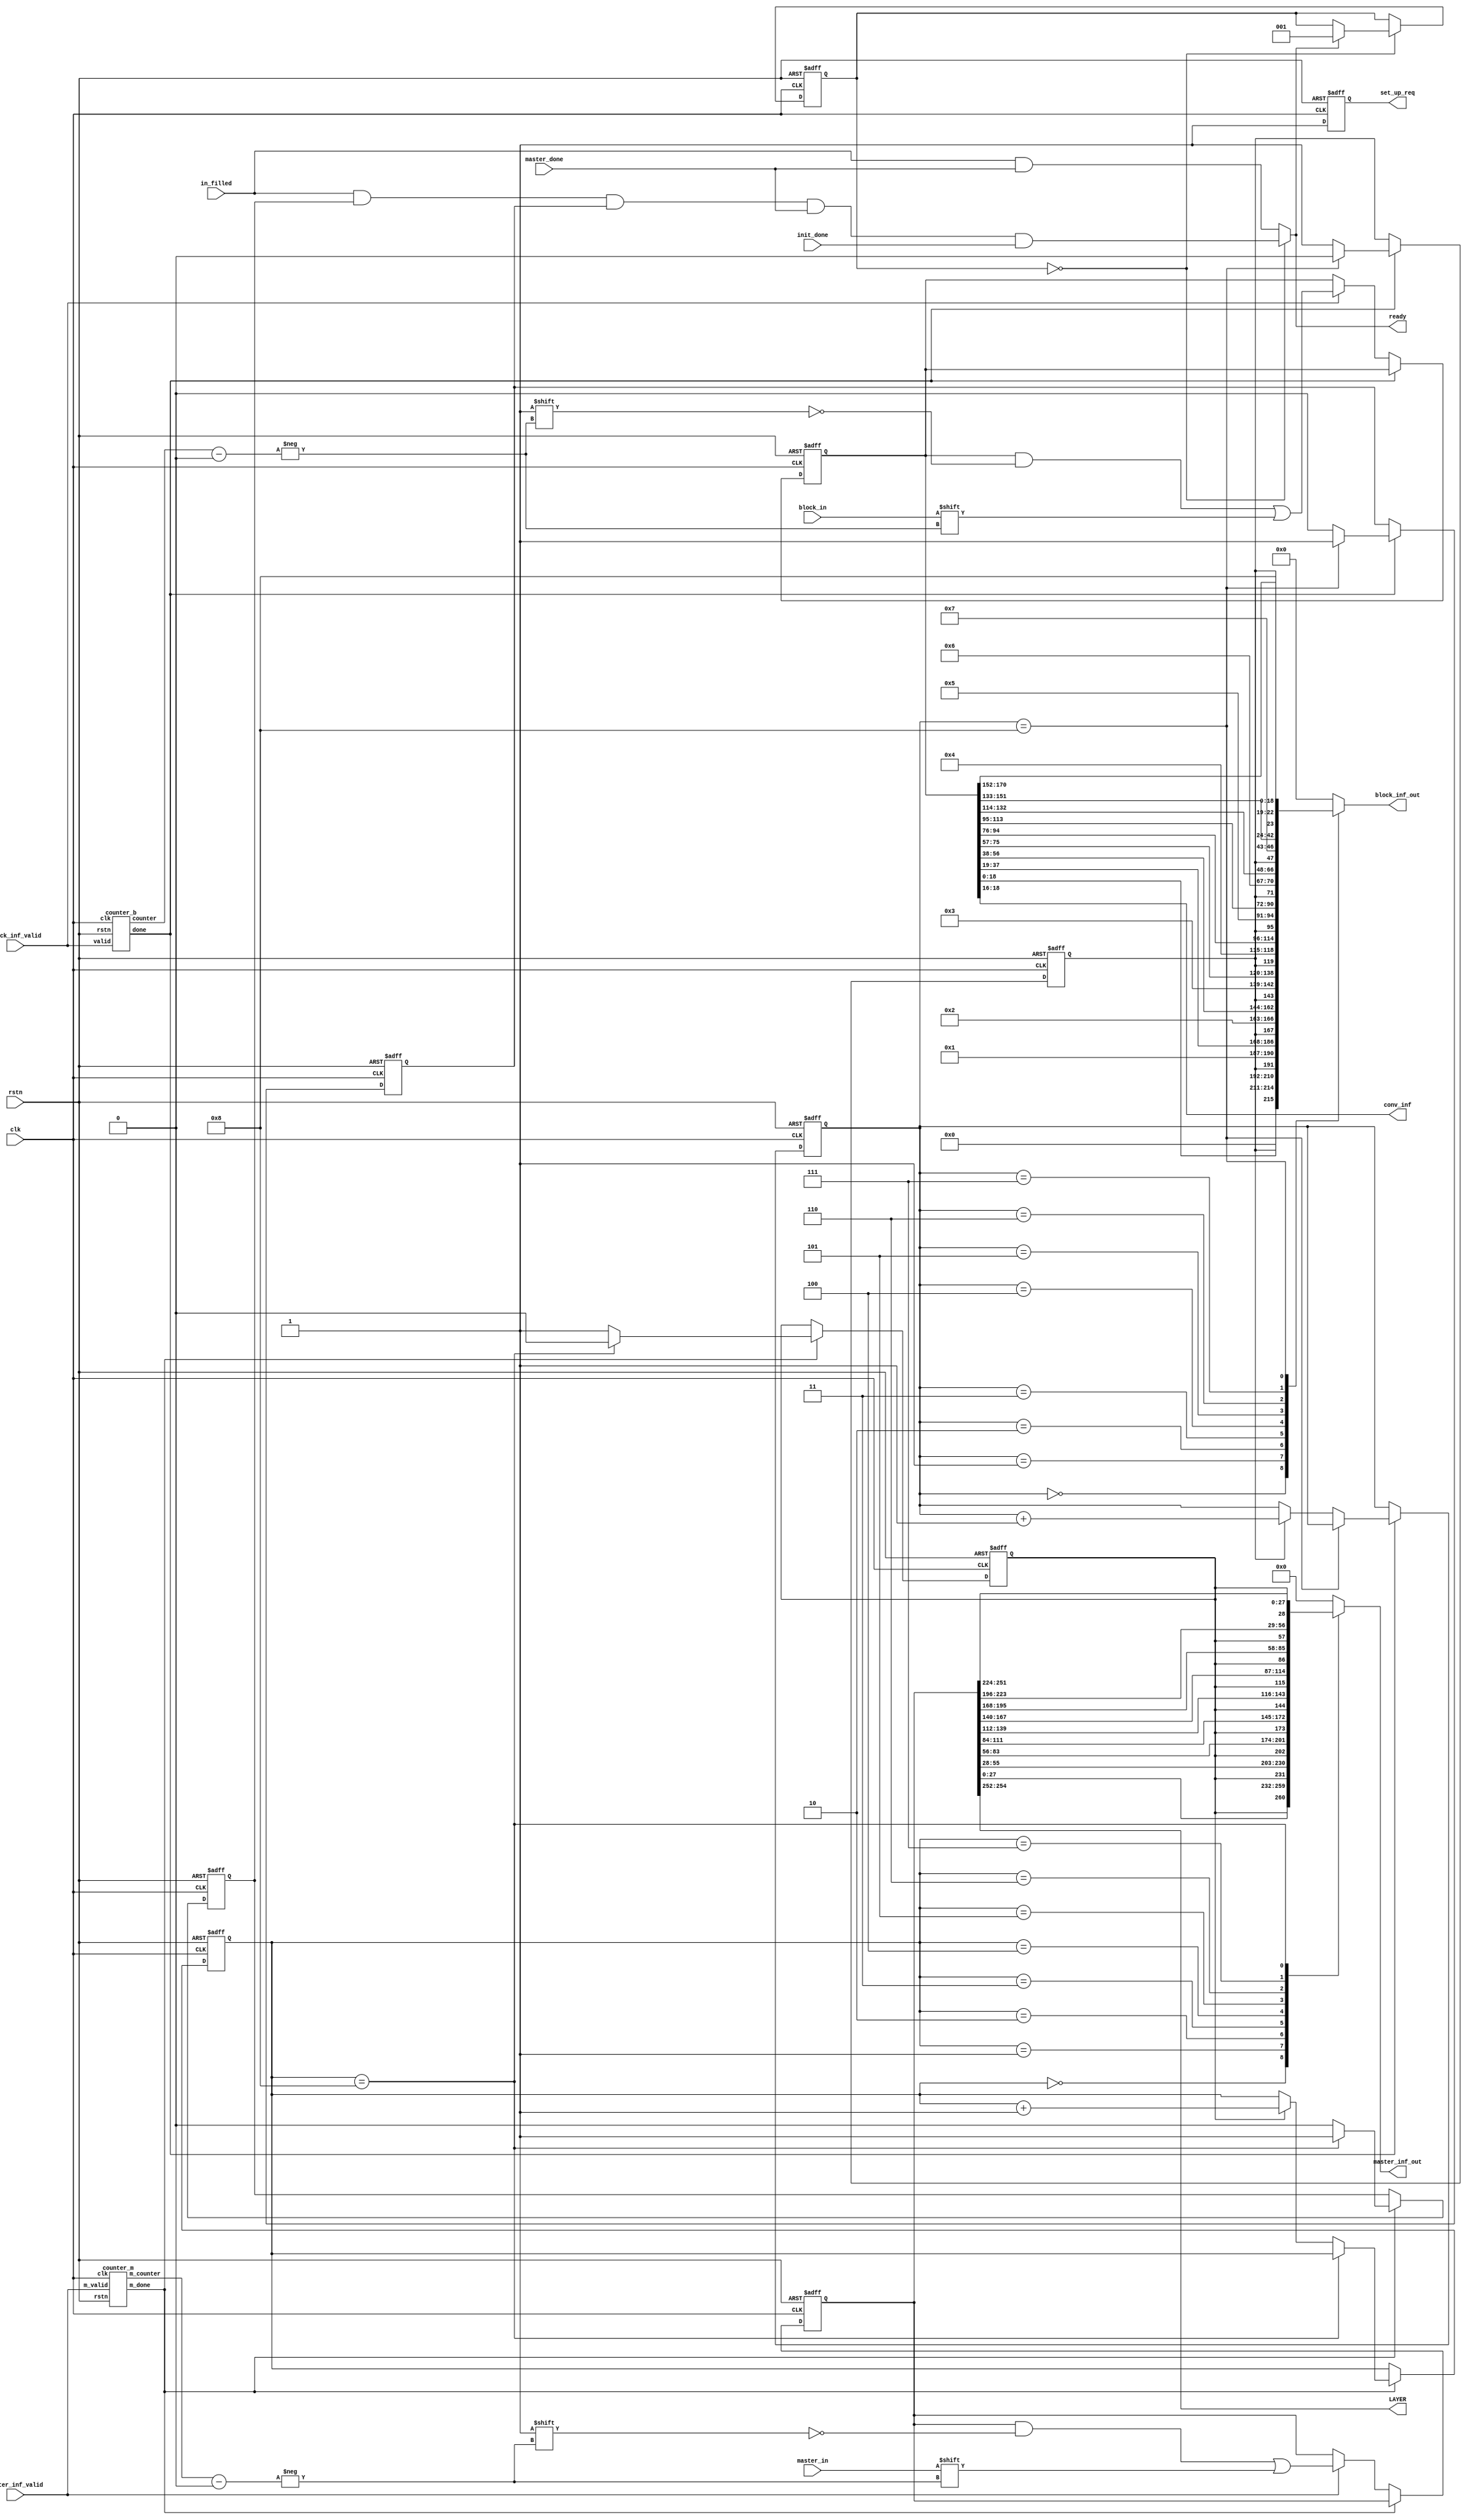
// This is a Control module
// Description : Top FSM

module sdfa_top_controller(clk, rstn, set_up_req, master_inf_valid, block_inf_valid, master_in, block_in, in_filled, master_done, ready, block_inf_out, master_inf_out, conv_inf, LAYER, init_done);
  
  input clk, rstn;
  
  output reg set_up_req;
  input master_inf_valid, block_inf_valid, master_in, block_in;
  
  input in_filled, master_done, init_done;
  
  output ready;
  
  output reg [23:0] block_inf_out;
  output reg [28:0] master_inf_out;
  output [2:0] conv_inf;
  output [2:0] LAYER;
  
  localparam  SET_UP = 0,
              PROCESSING = 1, 
              DONE = 2;

  reg [2:0] state;
  
  reg [254:0] master_inf_reg;
  reg [170:0] block_inf_reg;
  
  wire [7:0] master_counter, block_counter;
  wire counter_m_done, counter_b_done;
  
  
  reg set_up_m_done, set_up_b_done;
  
  assign LAYER = master_inf_reg[254:252];

  assign ready = (state==SET_UP)? (in_filled&&set_up_m_done&&set_up_b_done&&master_done&&init_done) : (in_filled&&master_done);
 
  
  always@(posedge clk or negedge rstn)
  begin
    if (!rstn) begin
        state <= 'd0;
    end else begin
        case(state)
          SET_UP : if(ready) state<=PROCESSING;
          //PROCESSING : begin if() state<=DONE; end
          //DONE : if() state<=3'b0;
          default : state<=state;
        endcase
    end
  end


  wire [18:0] block0, block1, block2, block3, block4, block5, block6, block7, block8;
  wire [27:0] master0, master1, master2, master3, master4, master5, master6, master7, master8;
  reg [3:0] mini_counter_m, mini_counter_b;
  reg en_b, en_m;
  
  assign conv_inf = block_inf_reg[18:16];
  
  assign block0 = block_inf_reg[18:0];
  assign block1 = block_inf_reg[37:19];
  assign block2 = block_inf_reg[56:38];
  assign block3 = block_inf_reg[75:57];
  assign block4 = block_inf_reg[94:76];
  assign block5 = block_inf_reg[113:95];
  assign block6 = block_inf_reg[132:114];
  assign block7 = block_inf_reg[151:133];
  assign block8 = block_inf_reg[170:152];
  
  assign master0 = master_inf_reg[27:0];
  assign master1 = master_inf_reg[55:28];
  assign master2 = master_inf_reg[83:56];
  assign master3 = master_inf_reg[111:84];
  assign master4 = master_inf_reg[139:112];
  assign master5 = master_inf_reg[167:140];
  assign master6 = master_inf_reg[195:168];
  assign master7 = master_inf_reg[223:196];
  assign master8 = master_inf_reg[251:224];
  
  	counter_m  COUNTER_MASTER(master_counter, counter_m_done, master_inf_valid, clk, rstn);
  	counter_b  COUNTER_BLOCK(block_counter, counter_b_done,  block_inf_valid, clk, rstn);
  	
  always@(posedge clk or negedge rstn)
  begin
    if(!rstn)
      begin
      set_up_req <= 1'b0;
      mini_counter_m <= 4'b0;
      mini_counter_b <= 4'b0;
      en_b <= 1'b0;
      en_m <= 1'b0;
      set_up_m_done <= 1'b0;
      set_up_b_done <= 1'b0;
      block_inf_reg <= 171'b0;
      master_inf_reg <= 255'b0;
      end
      
    else
      begin
   
            set_up_req <= 1'b1;
            
            if(counter_m_done)
              begin
                if(mini_counter_m==4'b1000)
                  begin
                    en_m <= 1'b0;
                    mini_counter_m <= mini_counter_m;
                    set_up_m_done <= 1'b1;
                  end
                else
                  begin
                    if(!en_m) 
                      begin
                        en_m <= 1'b1; 
                        mini_counter_m <= mini_counter_m;
                        set_up_m_done <= 1'b0;
                      end
                    else 
                      begin
                        en_m <= 1'b1; 
                        mini_counter_m <= mini_counter_m+1'b1;
                        set_up_m_done <= 1'b0;
                      end
                  end
              end
              
            else
              begin
                if(master_inf_valid) master_inf_reg[master_counter]<=master_in;
              end
              
            if(counter_b_done)
              begin 
                if(mini_counter_b==4'b1000)
                  begin
                    en_b <= 1'b0;
                    mini_counter_b <= mini_counter_b;
                    set_up_b_done <= 1'b1;
                  end
                else
                  begin
                    if(!en_b) 
                      begin
                        en_b <= 1'b1; 
                        mini_counter_b <= mini_counter_b;
                        set_up_b_done <= 1'b0;
                      end
                    
                    else 
                      begin
                        en_b <= 1'b1; 
                        mini_counter_b <= mini_counter_b+1'b1;
                        set_up_b_done <= 1'b0;
                      end
                  end
              end
            
            else
              begin
                if(block_inf_valid) block_inf_reg[block_counter] <= block_in;
              end
            /*
            end
        endcase*/
      end    
  end

always@(*)
begin
  case(mini_counter_b)
    4'b0000 : block_inf_out = {en_b, 4'b0000, block0};
    4'b0001 : block_inf_out = {en_b, 4'b0001, block1};
    4'b0010 : block_inf_out = {en_b, 4'b0010, block2};
    4'b0011 : block_inf_out = {en_b, 4'b0011, block3};
    4'b0100 : block_inf_out = {en_b, 4'b0100, block4};
    4'b0101 : block_inf_out = {en_b, 4'b0101, block5};
    4'b0110 : block_inf_out = {en_b, 4'b0110, block6};
    4'b0111 : block_inf_out = {en_b, 4'b0111, block7};
    4'b1000 : block_inf_out = {en_b, 4'b1000, block8};
    default : block_inf_out = 0;
  endcase
  
  case(mini_counter_m)
    4'b0000 : master_inf_out = {en_m, master0};
    4'b0001 : master_inf_out = {en_m, master1};
    4'b0010 : master_inf_out = {en_m, master2};
    4'b0011 : master_inf_out = {en_m, master3};
    4'b0100 : master_inf_out = {en_m, master4};
    4'b0101 : master_inf_out = {en_m, master5};
    4'b0110 : master_inf_out = {en_m, master6};
    4'b0111 : master_inf_out = {en_m, master7};
    4'b1000 : master_inf_out = {en_m, master8};
    default : master_inf_out = 0;
  endcase
end

  
endmodule


module counter_m(m_counter, m_done, m_valid, clk, rstn);

output reg [7:0] m_counter;
output m_done;

input m_valid;
input clk, rstn;

always@(posedge clk or negedge rstn)
begin
  if(!rstn) m_counter <= 8'b0;
  else 
  begin  
    if(m_valid) m_counter <= m_counter + 1'b1;
 	end
end

assign m_done = (m_counter == 8'b11111111);

endmodule  



module counter_b(counter, done, valid, clk, rstn);

output reg [7:0] counter;
output done;

input valid;
input clk, rstn;

always@(posedge clk or negedge rstn)
begin
  if(!rstn) counter <= 8'b0;
  else 
  begin  
    if(valid) counter <= counter + 1'b1;
 	end
end

assign done = (counter == 8'b10101011);

endmodule